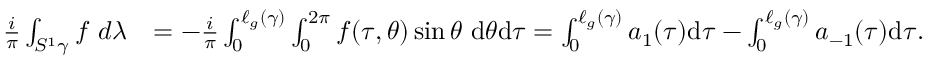
\begin{array} { r l } { \frac { i } { \pi } \int _ { S ^ { 1 } \gamma } f ~ d \lambda } & { = - \frac { i } { \pi } \int _ { 0 } ^ { \ell _ { g } ( \gamma ) } \int _ { 0 } ^ { 2 \pi } f ( \tau , \theta ) \sin \theta ~ \mathrm { d } \theta \mathrm { d } \tau = \int _ { 0 } ^ { \ell _ { g } ( \gamma ) } a _ { 1 } ( \tau ) \mathrm { d } \tau - \int _ { 0 } ^ { \ell _ { g } ( \gamma ) } a _ { - 1 } ( \tau ) \mathrm { d } \tau . } \end{array}